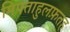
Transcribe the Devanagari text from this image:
मिफ्ताहुलफ़तह